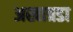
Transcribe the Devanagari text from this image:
अखात्रडा